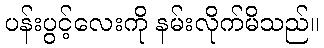
ပန်းပွင့်လေးကို နမ်းလိုက်မိသည်။